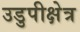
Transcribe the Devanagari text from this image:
उडुपीक्षेत्र